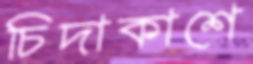
চিদাকাশে